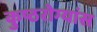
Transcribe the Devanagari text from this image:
कुष्ठरोग्यांस